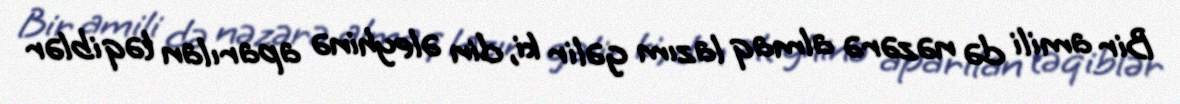
Bir amili də nəzərə almaq lazım gəlir ki, din əleyhinə aparılan təqiblər